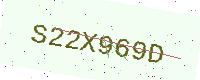
Text: S22X969D